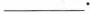
___.